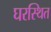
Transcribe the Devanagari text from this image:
घरस्थित